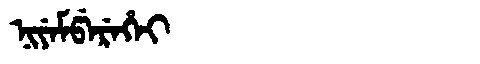
Manchu: ᠨᡳᠶᡝᠮᡦᡝᡵᡝᡥᡝᡳ
Romanization: NIYEMPEREHEI